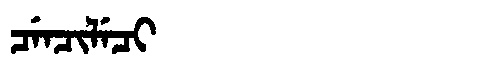
Manchu: ᠴᡝᠨᠴᡳᠯᡝᠴᡳ
Romanization: CENCILECI